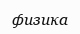
физика